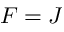
F = J